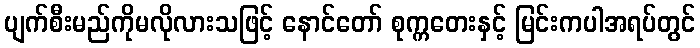
ပျက်စီးမည်ကိုမလိုလားသဖြင့် နောင်တော် စုက္ကတေးနှင့် မြင်းကပါအရပ်တွင်